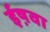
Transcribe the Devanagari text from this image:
ईष़वा